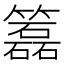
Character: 𥶲